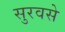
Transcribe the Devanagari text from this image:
सुरवसे